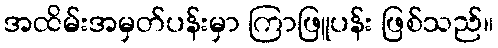
အထိမ်းအမှတ်ပန်းမှာ ကြာဖြူပန်း ဖြစ်သည်။